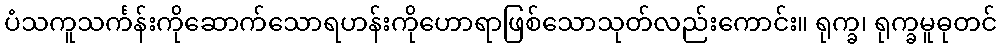
ပံသကူသင်္ကန်းကိုဆောက်သောရဟန်းကိုဟောရာဖြစ်သောသုတ်လည်းကောင်း။ ရုက္ခ၊ ရုက္ခမူဓုတင်